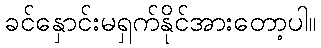
ခင်နှောင်းမရှက်နိုင်အားတော့ပါ။